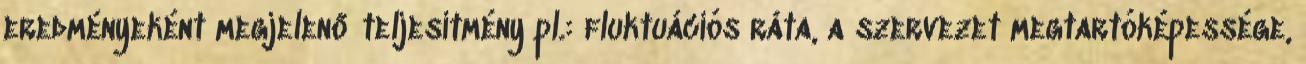
eredményeként megjelenő teljesítmény pl.: fluktuációs ráta, a szervezet megtartóképessége,